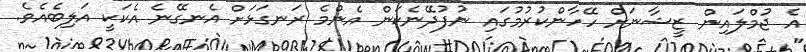
އެ ޖުމްލައިން ޒީޝާނަށް ހޭހާންކުރުމުގައި ނުފުދޭނެކަން އެންމެ ރަނގަޅަށް އެނގޭނެ އެކަކީ އަލިބެއެވެ.